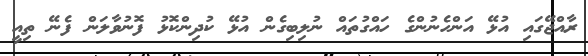
ރާއްޖޭގައި އުޅޭ އަންހެނުންގެ ހައްގުތައް ނުލިބިގެން އުޅޭ ކުދިންކޮޅު ފޮނުވާލަން ފެނޭ ތިއީ